Indian journal of veterinary science and animal husbandry - Volume 6,
Year: 1936
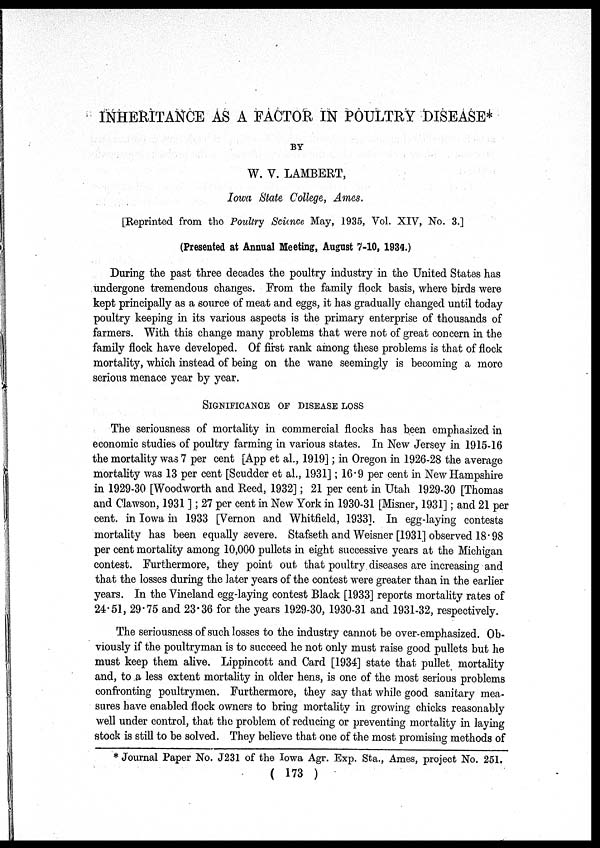
INHERITANCE AS A FACTOR IN POULTRY DISEASE*
BY
W. V. LAMBERT,
Iowa State College, Ames.
[Reprinted from the Poultry Science May, 1935, Vol. XIV, No. 3.]
(Presented at Annual Meeting, August 7-10, 1934.)
During the past three decades the poultry industry in the United States has
undergone tremendous changes. From the family flock basis, where birds were
kept principally as a source of meat and eggs, it has gradually changed until today
poultry keeping in its various aspects is the primary enterprise of thousands of
farmers. With this change many problems that were not of great concern in the
family flock have developed. Of first rank among these problems is that of flock
mortality, which instead of being on the wane seemingly is becoming a more
serious menace year by year.
SIGNIFICANCE OF DISEASE LOSS
The seriousness of mortality in commercial flocks has been emphasized in
economic studies of poultry farming in various states. In New Jersey in 1915-16
the mortality was 7 per cent [App et al., 1919]; in Oregon in 1926-28 the average
mortality was 13 per cent [Scudder et al., 1931]; 16.9 per cent in New Hampshire
in 1929-30 [Woodworth and Reed, 1932]; 21 per cent in Utah 1929-30 [Thomas
and Clawson, 1931 ]; 27 per cent in New York in 1930-31 [Misner, 1931]; and 21 per
cent. in Iowa in 1933 [Vernon and Whitfield, 1933]. In egg-laying contests
mortality has been equally severe. Stafseth and Weisner [1931] observed 18.98
per cent mortality among 10,000 pullets in eight successive years at the Michigan
contest. Furthermore, they point out that poultry diseases are increasing and
that the losses during the later years of the contest were greater than in the earlier
years. In the Vineland egg-laying contest Black [1933] reports mortality rates of
24.51, 29.75 and 23.36 for the years 1929-30, 1930-31 and 1931-32, respectively.
The seriousness of such losses to the industry cannot be over-emphasized. Ob-
viously if the poultryman is to succeed he not only must raise good pullets but he
must keep them alive. Lippincott and Card [1934] state that pullet mortality
and, to a less extent mortality in older hens, is one of the most serious problems
confronting poultrymen. Furthermore, they say that while good sanitary mea-
sures have enabled flock owners to bring mortality in growing chicks reasonably
well under control, that the problem of reducing or preventing mortality in laying
stock is still to be solved. They believe that one of the most promising methods of
* Journal Paper No. J231 of the Iowa Agr. Exp. Sta., Ames, project No. 251.
( 173 )